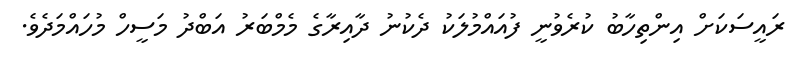
ރައީސަކަށް އިންތިހާބު ކުރެވުނީ ފުއައްމުލަކު ދެކުނު ދާއިރާގެ މެމްބަރު އަބްދު މަސީހް މުހައްމަދެވެ.